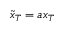
\tilde { x } _ { T } = a x _ { T }